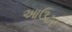
આઉટર